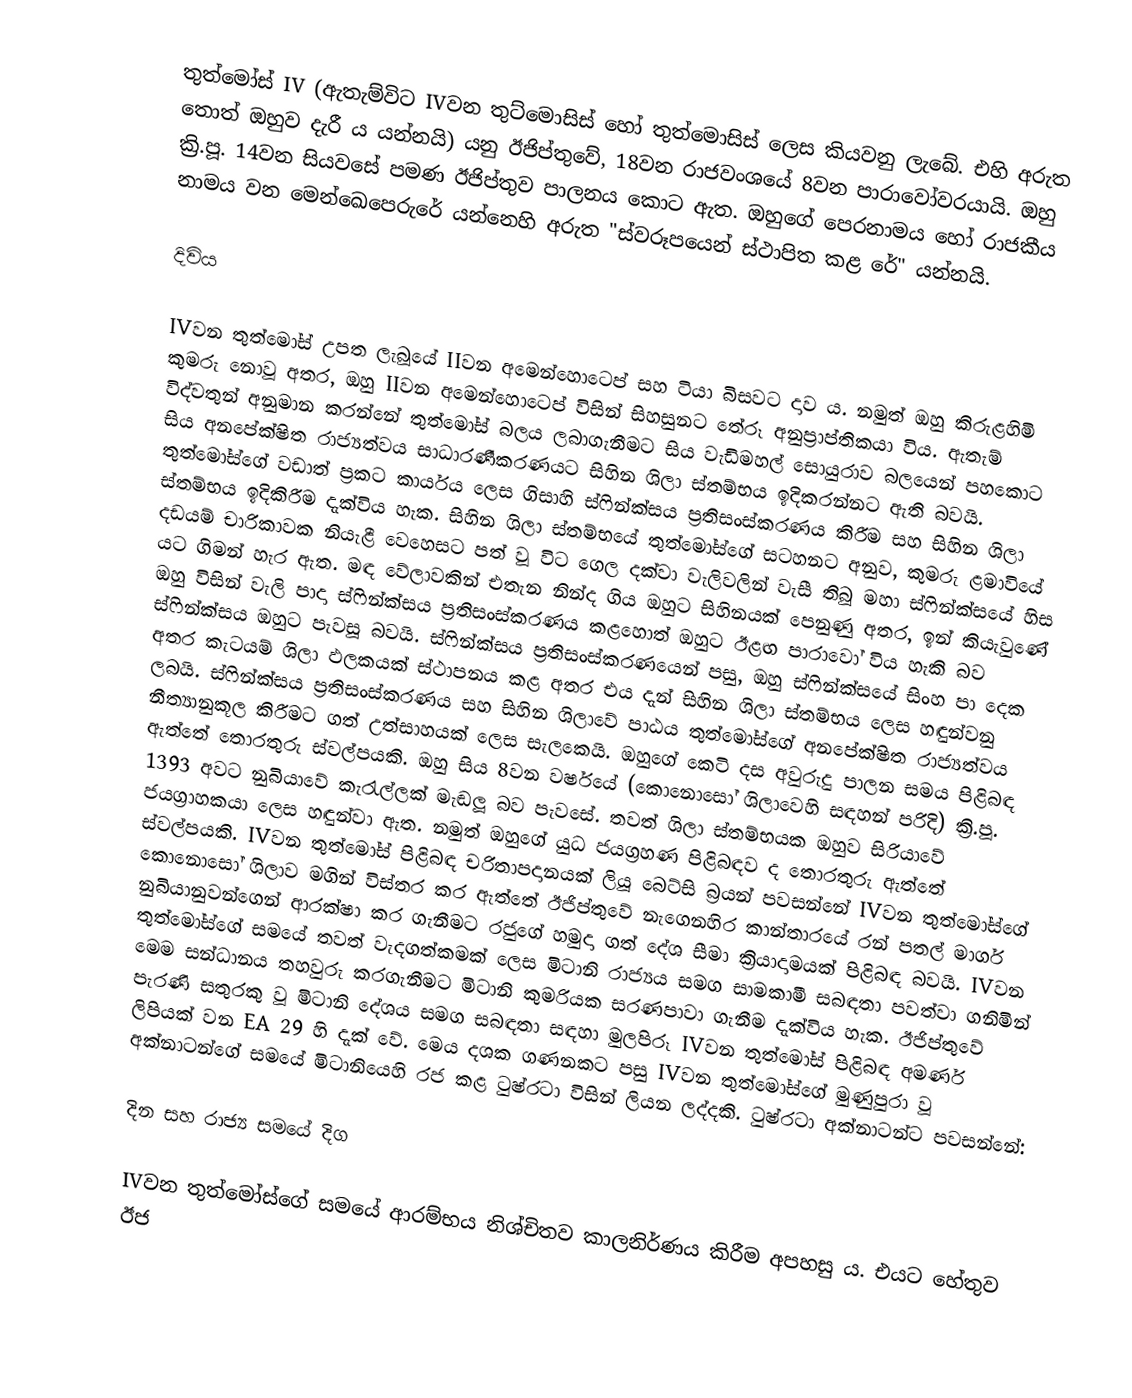
තුත්මෝස් IV (ඇතැම්විට IVවන තුට්මොසිස් හෝ තුත්මොසිස් ලෙස කියවනු ලැබේ. එහි අරුත තොත් ඔහුව දැරී ය යන්නයි) යනු ඊජිප්තුවේ, 18වන රාජවංශයේ 8වන පාරාවෝවරයායි. ඔහු ක්‍රි.පූ. 14වන සියවසේ පමණ ඊජිප්තුව පාලනය කොට ඇත. ඔහුගේ පෙරනාමය හෝ රාජකීය නාමය වන ‍මෙන්ඛෙපෙරුරේ යන්නෙහි අරුත "ස්වරූපයෙන් ස්ථාපිත කළ රේ" යන්නයි.

දිවිය

IVවන තුත්මෝස් උපත ලැබූයේ IIවන අමෙන්හොටෙප් සහ ටියා බිසවට දාව ය. නමුත් ඔහු කිරුළහිමි කුමරු නොවූ අතර, ඔහු IIවන අමෙන්හොටෙප් විසින් සිහසුනට තේරූ අනුප්‍රාප්තිකයා විය. ඇතැම් විද්වතුන් අනුමාන කරන්නේ තුත්මෝස් බලය ලබාගැනීමට සිය වැඩිමහල් සොයුරාව බලයෙන් පහකොට සිය අනපේක්ෂිත රාජ්‍යත්වය සාධාරණීකරණයට සිහින ශිලා ස්තම්භය ඉදිකරන්නට ඇති බවයි. තුත්මෝස්ගේ වඩාත් ප්‍රකට කාර්යය ලෙස ගිසාහි ස්ෆින්ක්සය ප්‍රතිසංස්කරණය කිරීම සහ සිහින ශිලා ස්තම්භය ඉදිකිරීම දැක්විය හැක. සිහින ශිලා ස්තම්භයේ තුත්මෝස්ගේ සටහනට අනුව, කුමරු ළමාවියේ දඩයම් චාරිකාවක නියැළී වෙහෙසට පත් වූ විට ගෙල දක්වා වැලිවලින් වැසී තිබූ මහා ස්ෆින්ක්සයේ හිස යට ගිමන් හැර ඇත. මඳ වේලාවකින් එතැන නින්ද ගිය ඔහුට සිහිනයක් පෙනුණු අතර, ඉන් කියැවුණේ ඔහු විසින් වැලි පාදා ස්ෆින්ක්සය ප්‍රතිසංස්කරණය කළහොත් ඔහුට ඊළඟ පාරාවෝ විය හැකි බව ස්ෆින්ක්සය ඔහුට පැවසූ බවයි. ස්ෆින්ක්සය ප්‍රතිසංස්කරණයෙන් පසු, ඔහු ස්ෆින්ක්සයේ සිංහ පා දෙක අතර කැටයම් ශිලා ඵලකයක් ස්ථාපනය කළ අතර එය දැන් සිහින ශිලා ස්තම්භය ලෙස හඳුන්වනු ලබයි. ස්ෆින්ක්සය ප්‍රතිසංස්කරණය සහ සිහින ශිලාවේ පාඨය තුත්මෝස්ගේ අනපේක්ෂිත රාජ්‍යත්වය නීත්‍යානුකූල කිරීමට ගත් උත්සාහයක් ලෙස සැලකෙයි. ඔහුගේ කෙටි දස අවුරුදු පාලන සමය පිළිබඳ ඇත්තේ තොරතුරු ස්වල්පයකි. ඔහු සිය 8වන වර්ෂයේ (කොනොසෝ ශිලාවෙහි සඳහන් පරිදි) ක්‍රි.පූ. 1393 අවට නුබියාවේ කැරැල්ලක් මැඬලූ බව පැවසේ. තවත් ශිලා ස්තම්භයක ඔහුව සිරියාවේ ජයග්‍රාහකයා ලෙස හඳුන්වා ඇත. නමුත් ඔහුගේ යුධ ජයග්‍රහණ පිළිබඳව ද තොරතුරු ඇත්තේ ස්වල්පයකි. IVවන තුත්මෝස් පිළිබඳ චරිතාපදානයක් ලියූ බෙට්සි බ්‍රයන් පවසන්නේ IVවන තුත්මෝස්ගේ කොනොසෝ ශිලාව මගින් විස්තර කර ඇත්තේ ඊජිප්තුවේ නැගෙනහිර කාන්තාරයේ රන් පතල් මාර්ග නුබියානුවන්ගෙන් ආරක්ෂා කර ගැනීමට රජුගේ හමුදා ගත් දේශ සීමා ක්‍රියාදාමයක් පිළිබඳ බවයි. IVවන තුත්මෝස්ගේ සමයේ තවත් වැදගත්කමක් ලෙස මිටානි රාජ්‍යය සමග සාමකාමී සබඳතා පවත්වා ගනිමින් මෙම සන්ධානය තහවුරු කරගැනීමට මිටානි කුමරියක සරණපාවා ගැනීම දැක්විය හැක. ඊජිප්තුවේ පැරණි සතුරකු වූ මිටානි දේශය සමග සබඳතා සඳහා මුලපිරූ IVවන තුත්මෝස්‍ පිළිබඳ අමර්ණ ලිපියක් වන EA 29 හි දැක් වේ. මෙය දශක ගණනකට පසු IVවන තුත්මෝස්ගේ මුණුපුරා වූ අක්නාටන්ගේ සමයේ මිටානියෙහි රජ කළ ටුෂ්රටා විසින් ලියන ලද්දකි. ටුෂ්රටා අක්නාටන්ට පවසන්නේ:

දින සහ රාජ්‍ය සමයේ දිග

IVවන තුත්මෝස්ගේ සමයේ ආරම්භය නිශ්චිතව කාලනිර්ණය කිරීම අපහසු ය. එයට හේතුව ඊජ